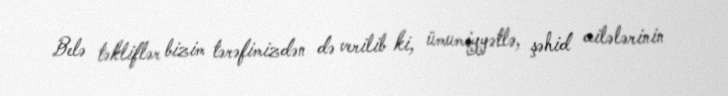
Belə təkliflər bizim tərəfimizdən də verilib ki, ümumiyyətlə, şəhid ailələrinin